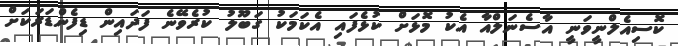
ކޮސިއެލްނީވަނީ އާސެނަލްއާ އެކު މޮޅަށް ކުޅެފައި އެކަމަކު ގަބޫލު ކުރެވޭނެ ފަދައިން ޑިފެންޑަރަކަށް